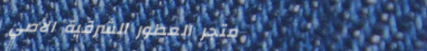
متجر العطور الشرقية الأصي